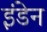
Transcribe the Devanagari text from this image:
इंडेन